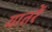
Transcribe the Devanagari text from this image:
यातरें